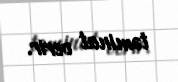
təminat verir.